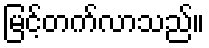
မြင့်တက်လာသည်။